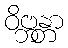
ဝိဗ္ဘန္တာ